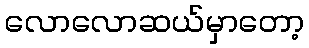
လောလောဆယ်မှာတော့